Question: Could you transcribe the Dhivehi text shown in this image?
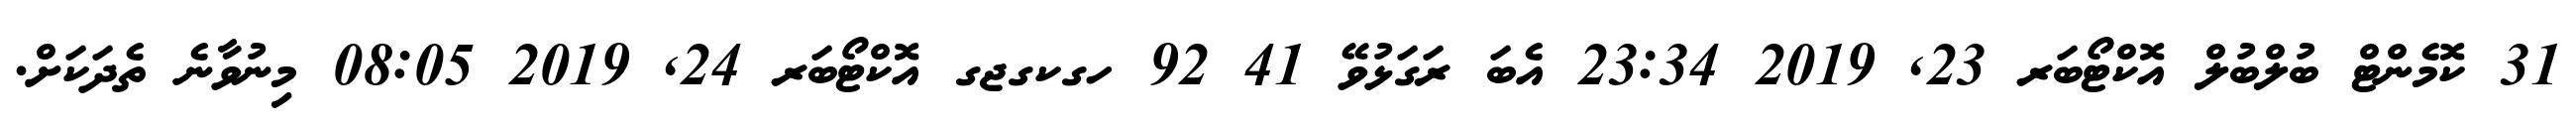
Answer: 31 ކޮމެންޓް ބުލްބުލް އޮކްޓޯބަރ 23, 2019 23:34 އެބަ ރަގަޅުވޭ 41 92 ހގކގޖގ އޮކްޓޯބަރ 24, 2019 08:05 މިނުވާނެ ތެދަކަށް.